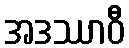
အဒဿာဝီ